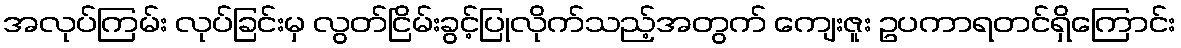
အလုပ်ကြမ်း လုပ်ခြင်းမှ လွတ်ငြိမ်းခွင့်ပြုလိုက်သည့်အတွက် ကျေးဇူး ဥပကာရတင်ရှိကြောင်း